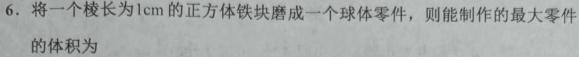
6. 将一个棱长为1cm的正方体铁块磨成一个球体零件，则能制作的最大零件的体积为